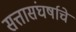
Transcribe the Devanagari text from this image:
सत्तासंघर्षाचे